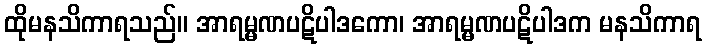
ထိုမနသိကာရသည်။ အာရမ္မဏပဋိပါဒကော၊ အာရမ္မဏပဋိပါဒက မနသိကာရ